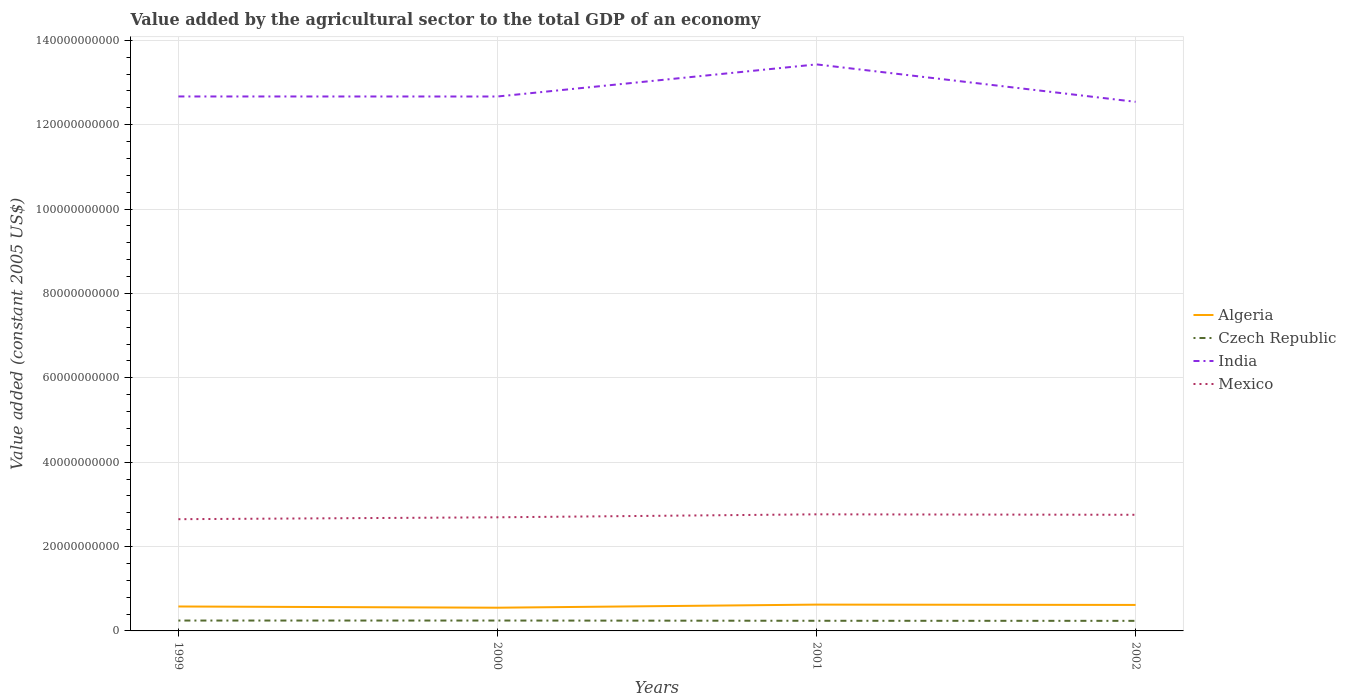
| Years | Algeria | Czech Republic | India | Mexico |
 | --- | --- | --- | --- | --- |
 | 1999 | 5.79e+09 | 2.46e+09 | 1.27e+11 | 2.65e+10 |
 | 2000 | 5.5e+09 | 2.46e+09 | 1.27e+11 | 2.69e+10 |
 | 2001 | 6.23e+09 | 2.4e+09 | 1.34e+11 | 2.76e+10 |
 | 2002 | 6.16e+09 | 2.39e+09 | 1.25e+11 | 2.75e+10 |